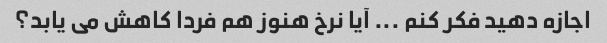
اجازه دهید فکر کنم ... آیا نرخ هنوز هم فردا کاهش می یابد؟